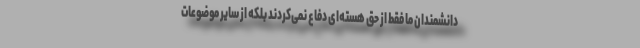
دانشمندان ما فقط از حق هسته‌ای دفاع نمی‌کردند بلکه از سایر موضوعات